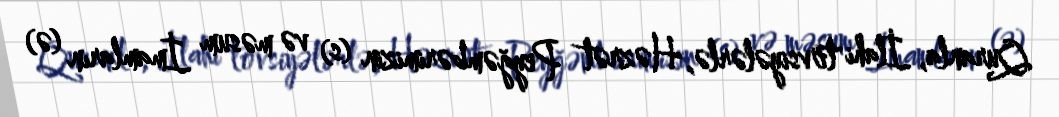
Quranla, İlahi tövsiyələrlə, Həzrət Peyğəmbərimizin (s) və məsum İmamların (ə)